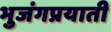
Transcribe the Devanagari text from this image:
भुजंगप्रयाती